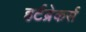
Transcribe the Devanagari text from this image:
हर्टब्रेकर्स